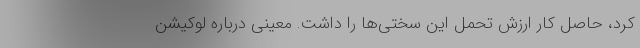
کرد، حاصل کار ارزش تحمل این سختی‌ها را داشت. معینی درباره لوکیشن